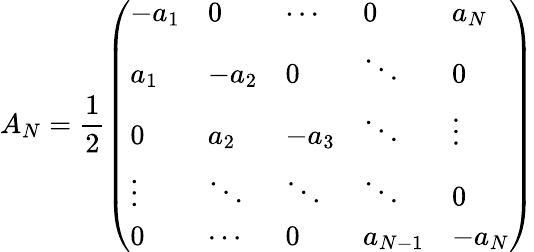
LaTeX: A_{N}=\frac{1}{2}\left(\begin{array}{lllll}{-a_{1}}&{0}&{\cdots}&{0}&{a_{N}}\\ {a_{1}}&{-a_{2}}&{0}&{\ddots}&{0}\\ {0}&{a_{2}}&{-a_{3}}&{\ddots}&{\vdots}\\ {\vdots}&{\ddots}&{\ddots}&{\ddots}&{0}\\ {0}&{\cdots}&{0}&{a_{N-1}}&{-a_{N}}\end{array}\right)